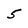
Character: 5